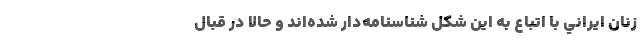
زنان ايراني با اتباع به اين شكل شناسنامه‌دار شده‌اند و حالا در قبال